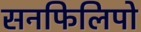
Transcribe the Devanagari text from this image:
सनफिलिपो